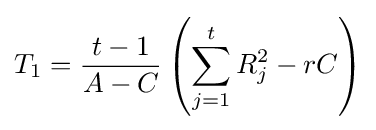
T_{1}={\frac {t-1}{A-C}}\left(\sum _{j=1}^{t}R_{j}^{2}-rC\right)